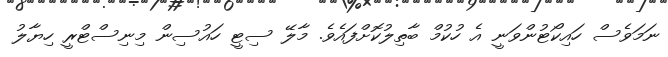
ނަމަވެސް ހައިކޯޓުންވަނީ އެ ހުކުމް ބާތިލުކޮށްފައެވެ. މާލޭ ސިޓީ ހައުސިން މިނިސްޓްރީ ހިޔާލު